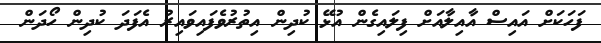
ފަހަކަށް އައިސް އާއިލާއަށް ފިލައިގެން އުޅޭ ކުދިން އިތުރުވެފައިވައިރު އެފަދަ ކުދިން ހޯދަން